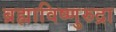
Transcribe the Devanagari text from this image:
ब्रह्माविष्णुरुद्रा